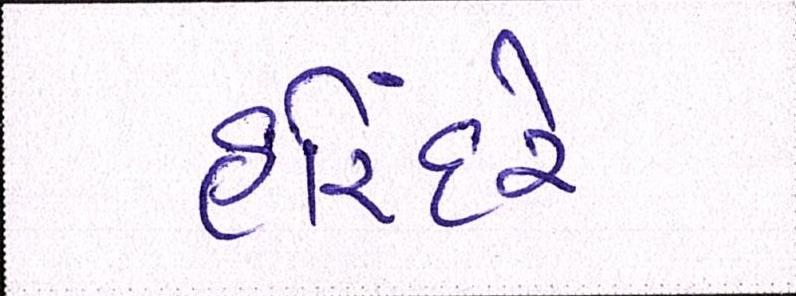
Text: હરિંદરે